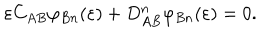
LaTeX: \varepsilon C _ { A B } \varphi _ { B n } ( \varepsilon ) + D _ { A B } ^ { n } \varphi _ { B n } ( \varepsilon ) = 0 .